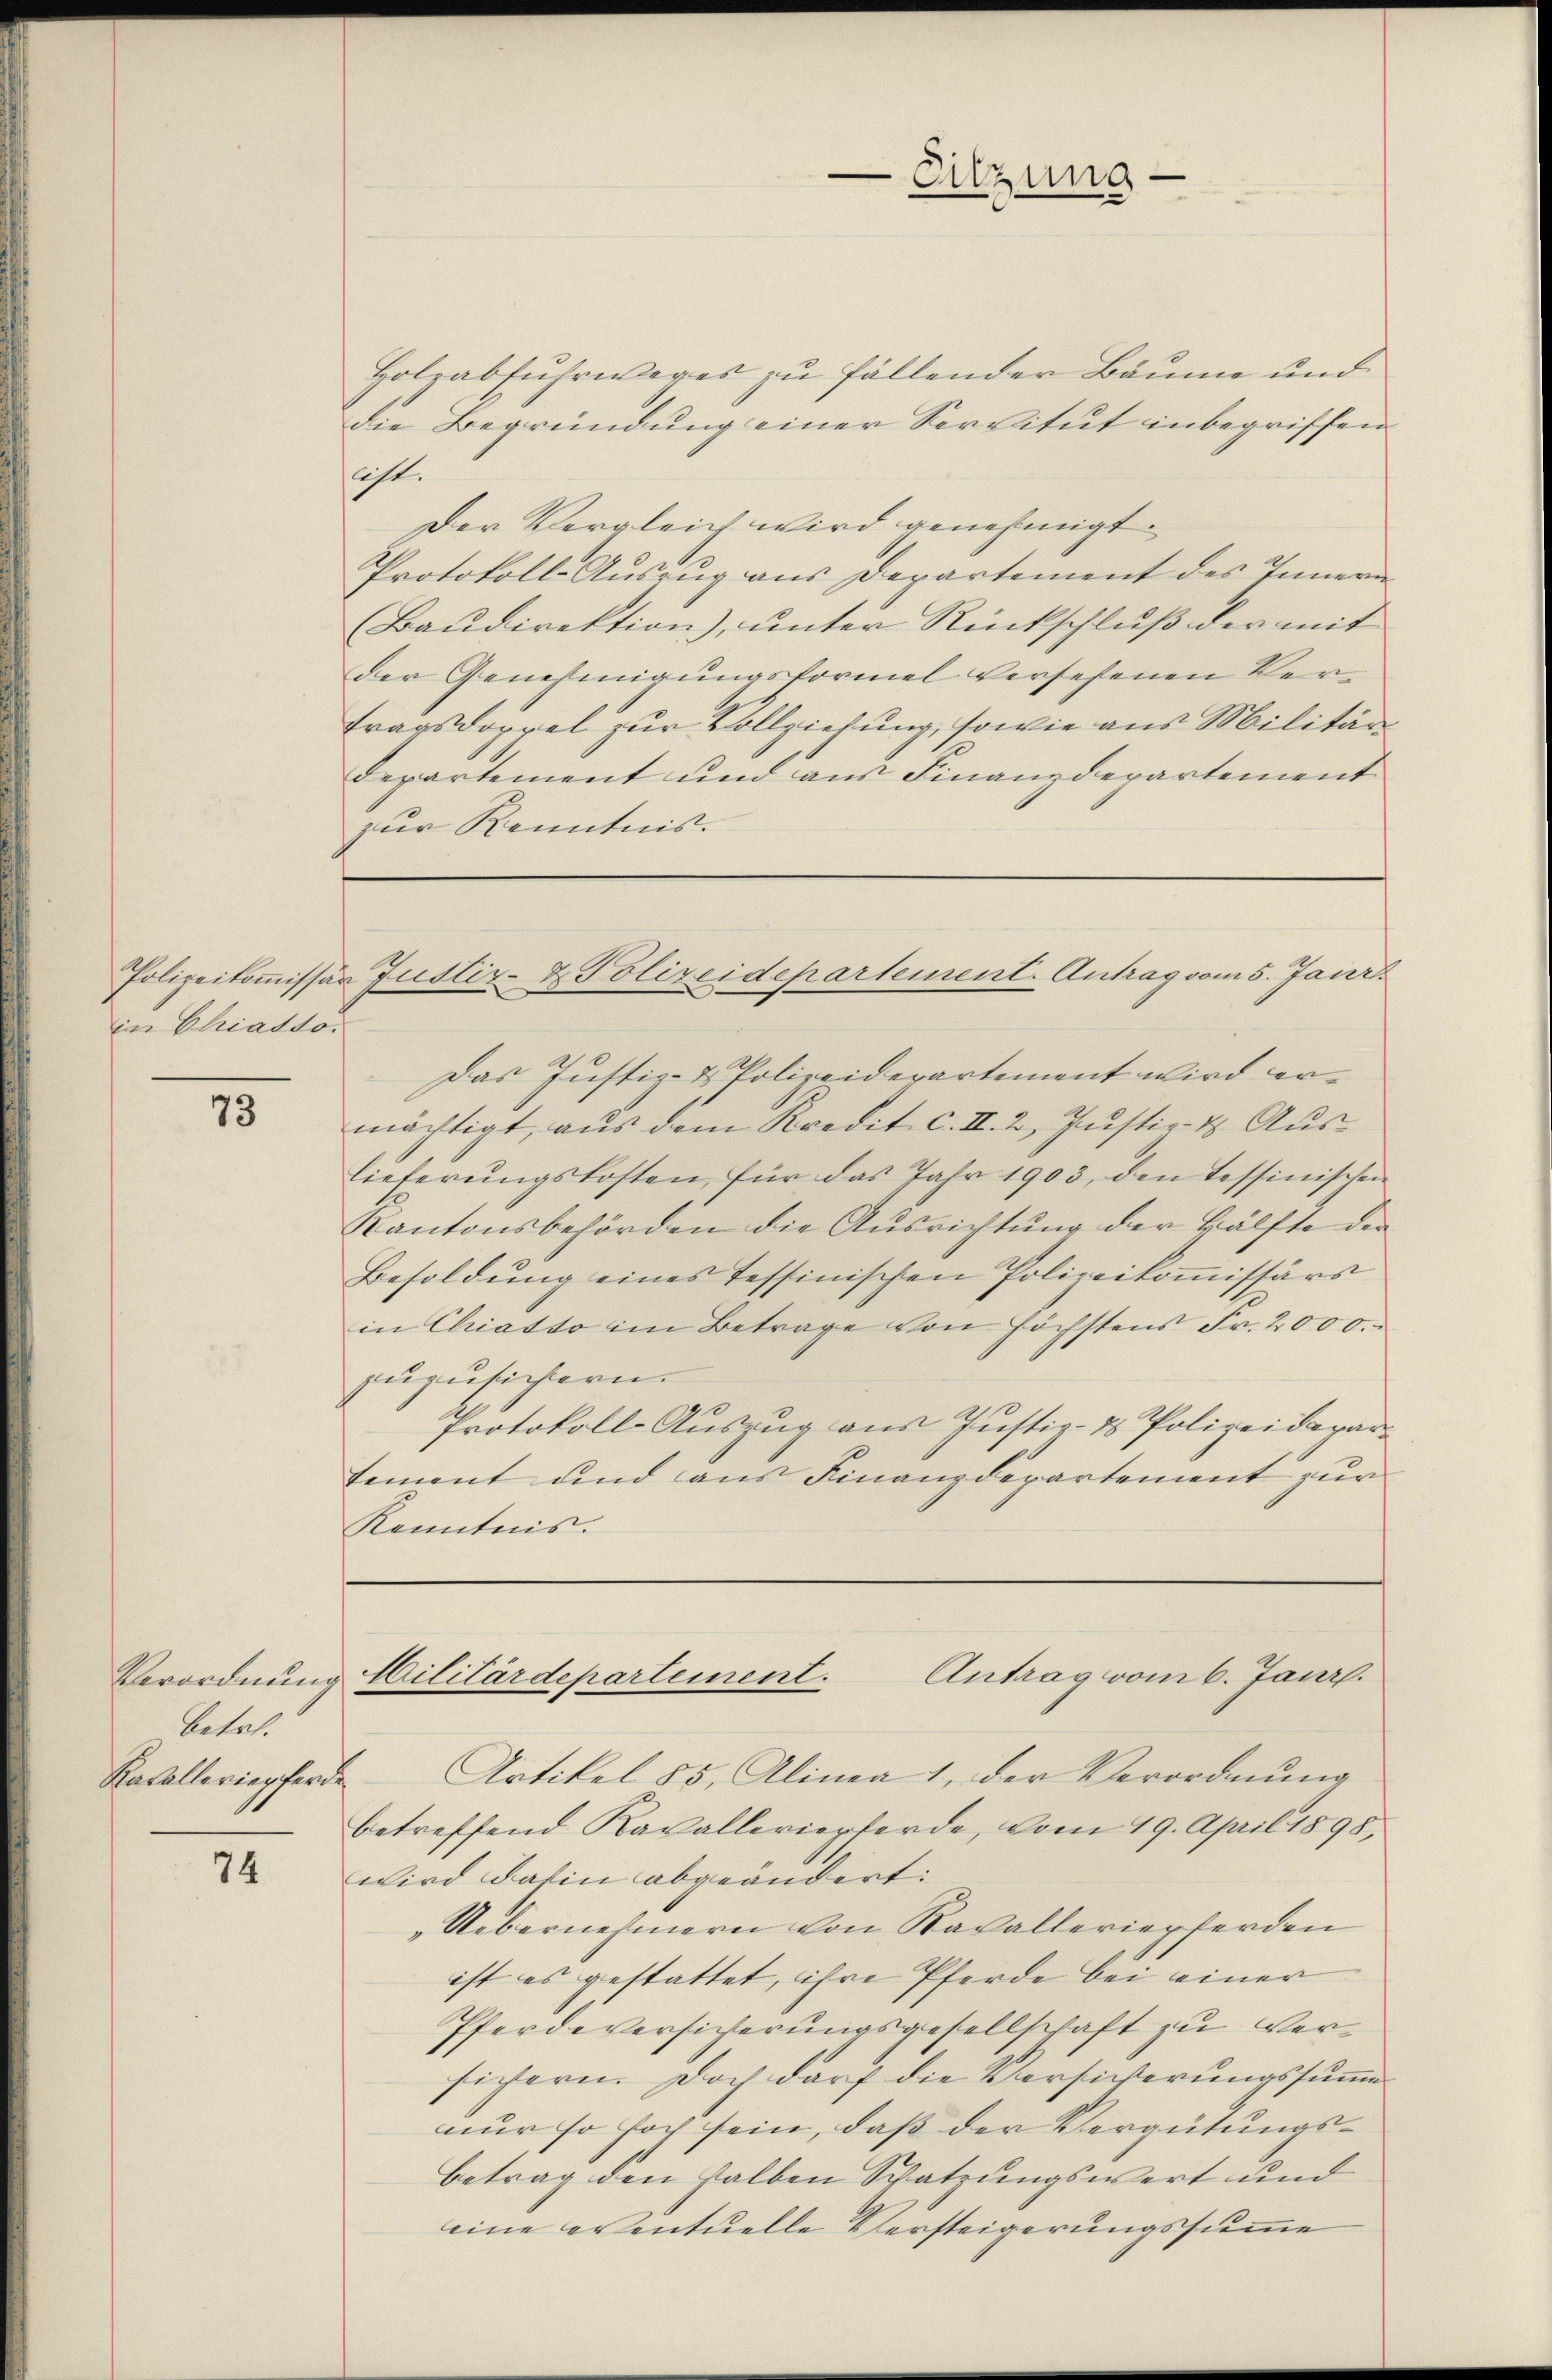
in Chiatto.

75

Verordnung
betet.
Kasalleriepferde

74

Holzabfuhrweges zu fällender Bäume und
die Begründung einer Servitut inbegriffen
ist.
Der Vergleich wird genehmigt.
Protokoll-Auszug aus Departement des Innern
Baudirektion), unter Rückschluß der mit
der Genehmigungsformel versehenen Vertragsdoppel zur Vollziehung, sowie aus Militär
Departement und aus Finanzdepartement
zur Kenntnis.

Das Justiz- & Polizeidepartement wird ermächtigt, aŭs dem Kredit c. II. 2. Justiz- & Auslieferŭngskosten, für das Jahr 1903, den Tessinischen
Kantonsbehörden die Ausrichtung der Hälfte der
Besoldung eines Tessinischen Polizeikoṁissärs
in Chratto im Betrage von höchstens Fr. 2000.
zuzusichtern.
Protokoll-Auszug aus Justiz- & Polizeidepartement und aus Finanzdepartement zur
Kenntnis.

Sitzung

Polizeikoṁissär Justiz- & Polizeidepartement-Antrag vom 5. Janr

Artikel 85, Alinea 1, der Verordnung
betreffend Kavalleriepferde, vom 19. April 1898,
wird dahin abgeändert:
„Uebernehmern von Kavalleriepferden
ist es gestattet, ihre Pferde bei einer
Pferdeversicherungsgesellschaft zu Versichern. Doch darf die Versicherungssumme
nur so hoch sein, daß der Vergütungsbetrag den halben Schatzungswert und
eine eventuelle Versteigerungssumme

Cilitärdepartement. Antrag vom 6. Janr.